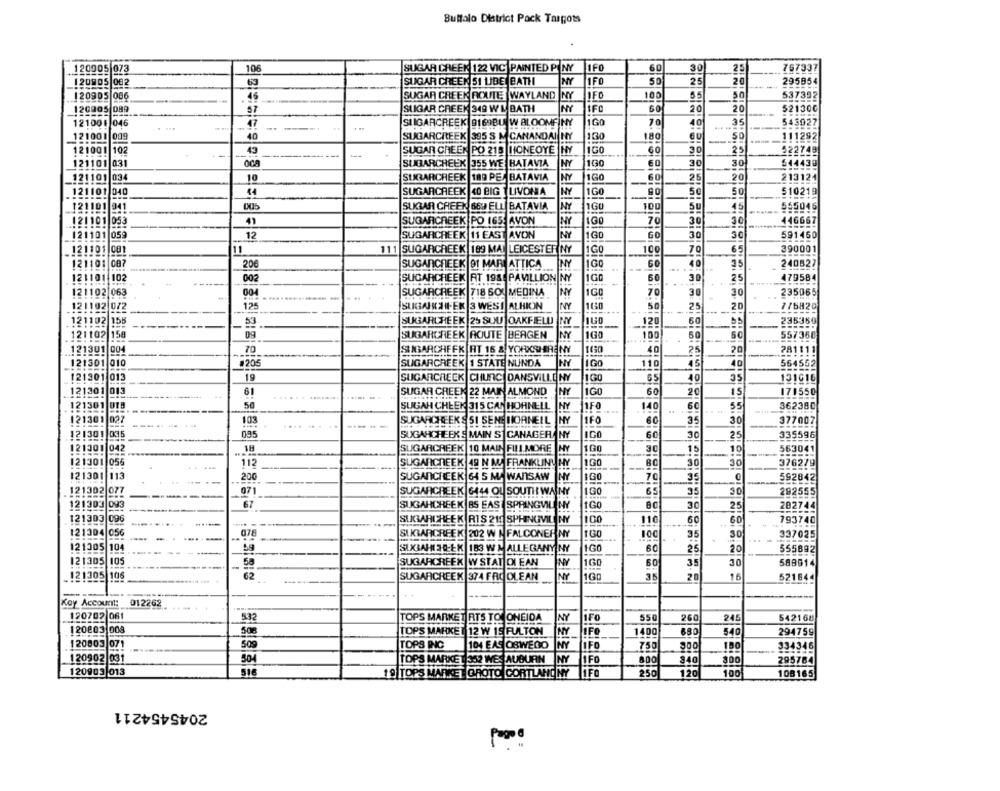
Buffalo District Pack Targots
120905 073
106
SUGAR CREEK 122 VIC PAINTED PINY
1FO
60
30|
25
767337
120905 082
63
SUGAR CHEEK SI LIBE BATH
NY
1FO
50
25
20
295854
46
SUGAR CREEK ROUTE WAYLAND NY
IFO
100
55
50
537392
.. 120905|086
120805 089
57
SUGAR CREEK 349 WL BATH
NY
60
20
20
52130℃
121001 046
-
47
SIGARCREEK 9169BU W BLOOMFINY
1GO
70
40
35
543927
121001 009
40
SUGARCREEK 395 S M CANANDAI NY
130
180
--
50
111292
43
SUGAR CHEEN PO 218 |HIONEOYE ]NY
100
60
30
25
522749
121001 102
---.
121101 031
SUGARCHEEK 355 WE BATAVIA
NY
100
30
30
544439
121101 034
10
SURARCREEK 189 PEA BATAVIA
NY
160
60
25
20
213124
50
50
510219
121101 040
SUGARCREEK
40 BIG 1 LIVONIA
NY
1GO
-
SUGAR CREEK 660 ELL BATAVIA
NY
100
45
555046
121101 041
Su
121101 053
41
SUGARCHEEK PO 165: AVON
1GO
70
30
30
146667
121101 059
12
SUGARCHEEK 11 EAST AVON
160
60
30
30
591450
121101 081
11
111
SUGARCHEEK 189 MAI LEICESTER NY
1GO
100
70
65
390001
40
121101 087
20€
SUGARCHEEK 91 MARIATTICA
NY
35
240827
121101 102
002
SUGARCHEEK AT 198. PAVILLION NY
1GG
60
30
25
479584
121102 063
004
SUGARCREEK 718 SOU MEDINA
NY
1GO
70
30
235065
121102 0/2
125
SUGARHIER 3 WEST ALHION
NY
1630
50
25
20
776820
121102 155
53
SUGARCHEEK 25 SUU OAKFIELD
NY
120
60
--
235350
121102 158
09
SUGARCREEK ROUTE
BERGEN
NY
100
100
50
60
557368
70
25
121301 004
SUBARCHFFK HT 15 & YORKSHIRENY
40
20
781111
121301 010
#205
SUGARCREEK 1 STATE NUNDA
NY
IGO
110
45
40
564552
121301 013
19
SUGARCHECK CHUNC DANSVILLE NY
100
65
40
35
131616
121201 013
61
...
SUGAR CREEN 22 MAIN ALMOND
NY
1GO
60
20
15
171550
121301
50
SUGAH CHEEK 315 CAN HOHNELL
NY
1FO
140
60
55
362380
121301 027
1FO
35
30
377007
103
SUGARCHEEKS 51 SENS HORNEIL |NY
60
-
121301 |035
095
SUGARCHEEKS MAIN S CANAGER NY
IGO
60
30
25
335596
121301
042
18
SUGARCREEK 10 MAIN FILLMORE
NY
30
15
10
563041
121301
05
112
.-...
SUGARCREEK 49 N M/ FRANKLIN NY
100
30
30
-
376279
11
SUGANCHEEK 64 5 MA WARSAW
NY
1GO
121301
200
70
-
35
-
592842
121302 077
071
SUGARCREEK 6444 OL SOUTH WAIN
1GO
65
35
30
--
292555
121303 093
67
SUGAHCREEK BS EAS SPRINGWILLNY
tGO
80
30
25
202744
-
121303 096
SUGARCREEK RTS 211 SPHENGVIL NY
100
110
60
60
793740
121304 056
-
078
SIKTARGREEK 202 W NFALCONER NY
1GO
100
35
30
337025
121305 104
...
SIXBAMI 3D-EX 183 W & ALLEGANY NY
60
25
20
555692
121305
105
58
SUGARCREEK W STAT DI EAN
NY
160
60
35
30
588914
-
_! 21305 106
62
SUGARCREEK 374 FRO OLEAN
NY
35
20
16
521844
-
-----
Key Account: 012262
120702 061
532
TOPS MARKET RTS TO ONEIDA
NY
IFO
260
245
542168
120803 008
508
TOPS MARKET 12 W 19 FULTON
liFo
1400
680
540
294759
120803 071
509
TOPS INC
104 EAS OSWEGO
IFO
750
900
150
334346
120902 031
TOPS MARKE 1 352 WES AUBURN
TFO
800
340
300
295784
120903 013
516
19 TOPS
250
120
100
GROTO CORTLAND NY
IFO
108165
2045454211
Pagoa